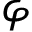
\varphi